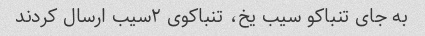
به جای تنباکو سیب یخ، تنباکوی ۲سیب ارسال کردند